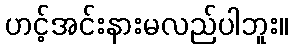
ဟင့်အင်းနားမလည်ပါဘူး။